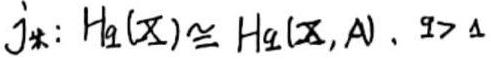
$j_*: H_q(X)\cong H_q(X,A),\ q > 1$